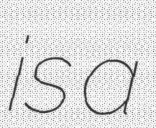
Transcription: is a